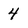
Character: 4